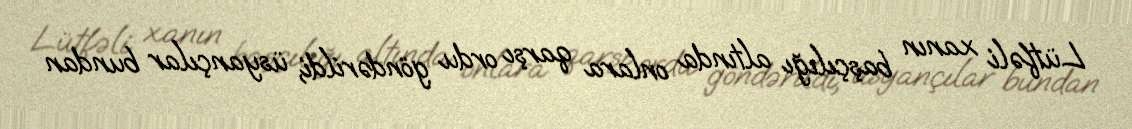
Lütfəli xanın başçılığı altında onlara qarşı ordu göndərildi, üsyançılar bundan